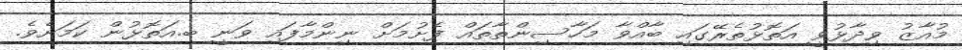
މުއާޒު ވިދާޅުވީ އަތޮޅުތެރޭގައި ބާއްވާ މަހާސިންތާތައް ފެށުމަށް ނިންމާފައި ވަނީ ބ.އަތޮޅުން ކަމަށެވެ.